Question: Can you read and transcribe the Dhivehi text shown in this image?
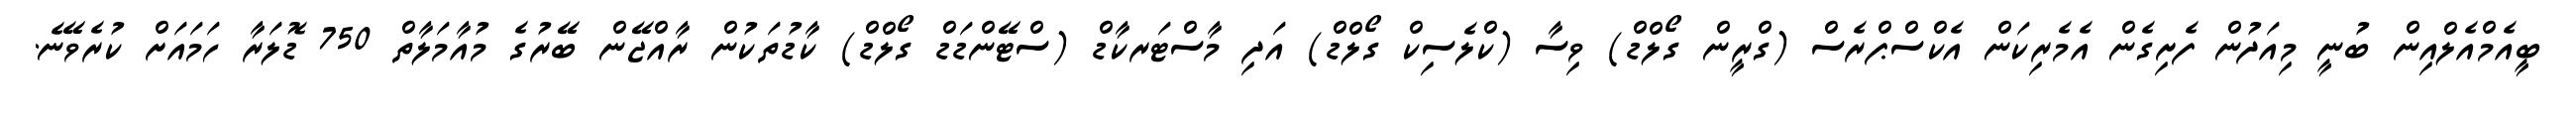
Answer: ބީއެމްއެލްއިން ބުނީ މިއަދުން ފެށިގެން އެމެރިކަން އެކްސްޕްރެސް (ގްރީން ގޯލްޑް) ވިސާ (ކްލެސިކް ގޯލްޑް) އަދި މާސްޓަރކާޑް (ސްޓޭންޑަޑް ގޯލްޑް) ކާޑުތަކުން ރާއްޖޭން ބޭރުގެ މުއާމަލާތް 750 ޑޮލަރާ ހަމައަށް ކުރެވޭނެ.